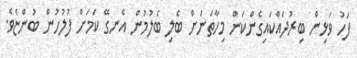
ފަހު ވަޅިން ބިރުދައްކައިގެންކަން މިހާތަނަށް ބެލި ބެލުމުން އެނގޭ ކަމަށް ފުލުހުން ބުންޏެވެ.